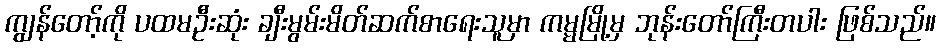
ကျွန်တော့်ကို ပထမဦးဆုံး ချီးမွမ်းမိတ်ဆက်စာရေးသူမှာ ကမ္မမြို့မှ ဘုန်းတော်ကြီးတပါး ဖြစ်သည်။